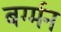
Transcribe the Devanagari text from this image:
बर्ग्मन